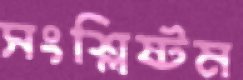
সংশ্লিষ্টম